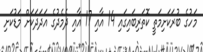
މަހުގެ ބުރަކަށިމަތީ ކޮތަރިބައިގައި 14 އާއި 17 އާއި ދެމެދުގެ އަދަދަކަށް މަޑުކަށި